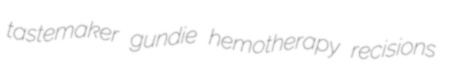
tastemaker gundie hemotherapy recisions